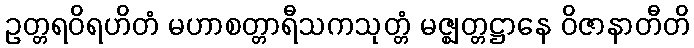
ဥတ္တရဝိရဟိတံ မဟာစတ္တာရီသကသုတ္တံ မဇ္ဈတ္တဋ္ဌာနေ ဝိဇာနာတီတိ